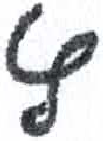
אות: ץ